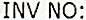
INV NO: